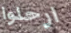
ارحلوا